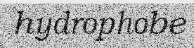
hydrophobe